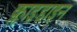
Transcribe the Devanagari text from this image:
क्लाइडाइन